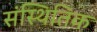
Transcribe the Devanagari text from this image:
संस्थितिक